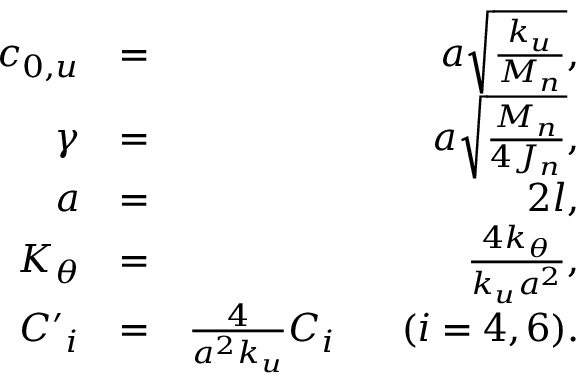
\begin{array} { r l r } { { { c } _ { 0 , u } } } & { = } & { a \sqrt { \frac { { { k } _ { u } } } { { { M } _ { n } } } } , } \\ { \gamma } & { = } & { a \sqrt { \frac { { { M } _ { n } } } { 4 { { J } _ { n } } } } , } \\ { a } & { = } & { 2 l , } \\ { { { K } _ { \theta } } } & { = } & { \frac { 4 { { k } _ { \theta } } } { { { k } _ { u } } { { a } ^ { 2 } } } , } \\ { { { { C } ^ { \prime } } _ { i } } } & { = } & { \frac { 4 } { { { a } ^ { 2 } } { { k } _ { u } } } { { C } _ { i } } \ \ \ \ \ ( i = 4 , 6 ) . } \end{array}